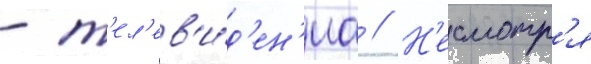
- т'ел'ев'и́д'ен'иа // Н'есмотр'я